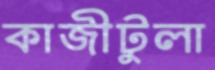
কাজীটুলা